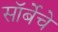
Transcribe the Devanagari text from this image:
सॉर्बेचे